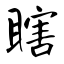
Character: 瞎